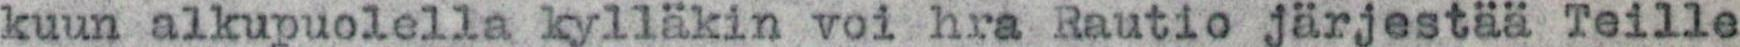
kuun alkupuolella kylläkin voi hra Rautio järjestää Teille